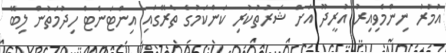
އުމަރު ނިިންމެވިއިރު އުރީދޫ އަށް ޝަރުތުކުރި ކަންކަމުގެ ތެރޭގައި އިންޓަނެޓް ހިދުމަތުން ލިބޭ